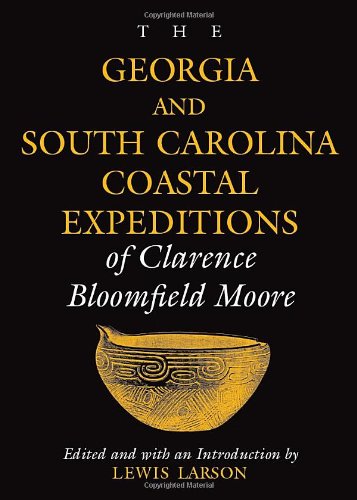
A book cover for The Georgia and South Carolina Coastal Expeditions of Clarence Bloomfield Moore (Classics Southeast Archaeology); Clarence  Bloomfield Moore; Travel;